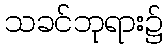
သခင်ဘုရား၌